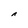
Character: A